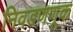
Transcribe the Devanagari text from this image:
निवडणणूक